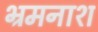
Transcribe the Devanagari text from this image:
भ्रमनाश